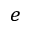
e